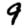
Digit: 9